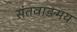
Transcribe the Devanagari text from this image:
संतवाङमय